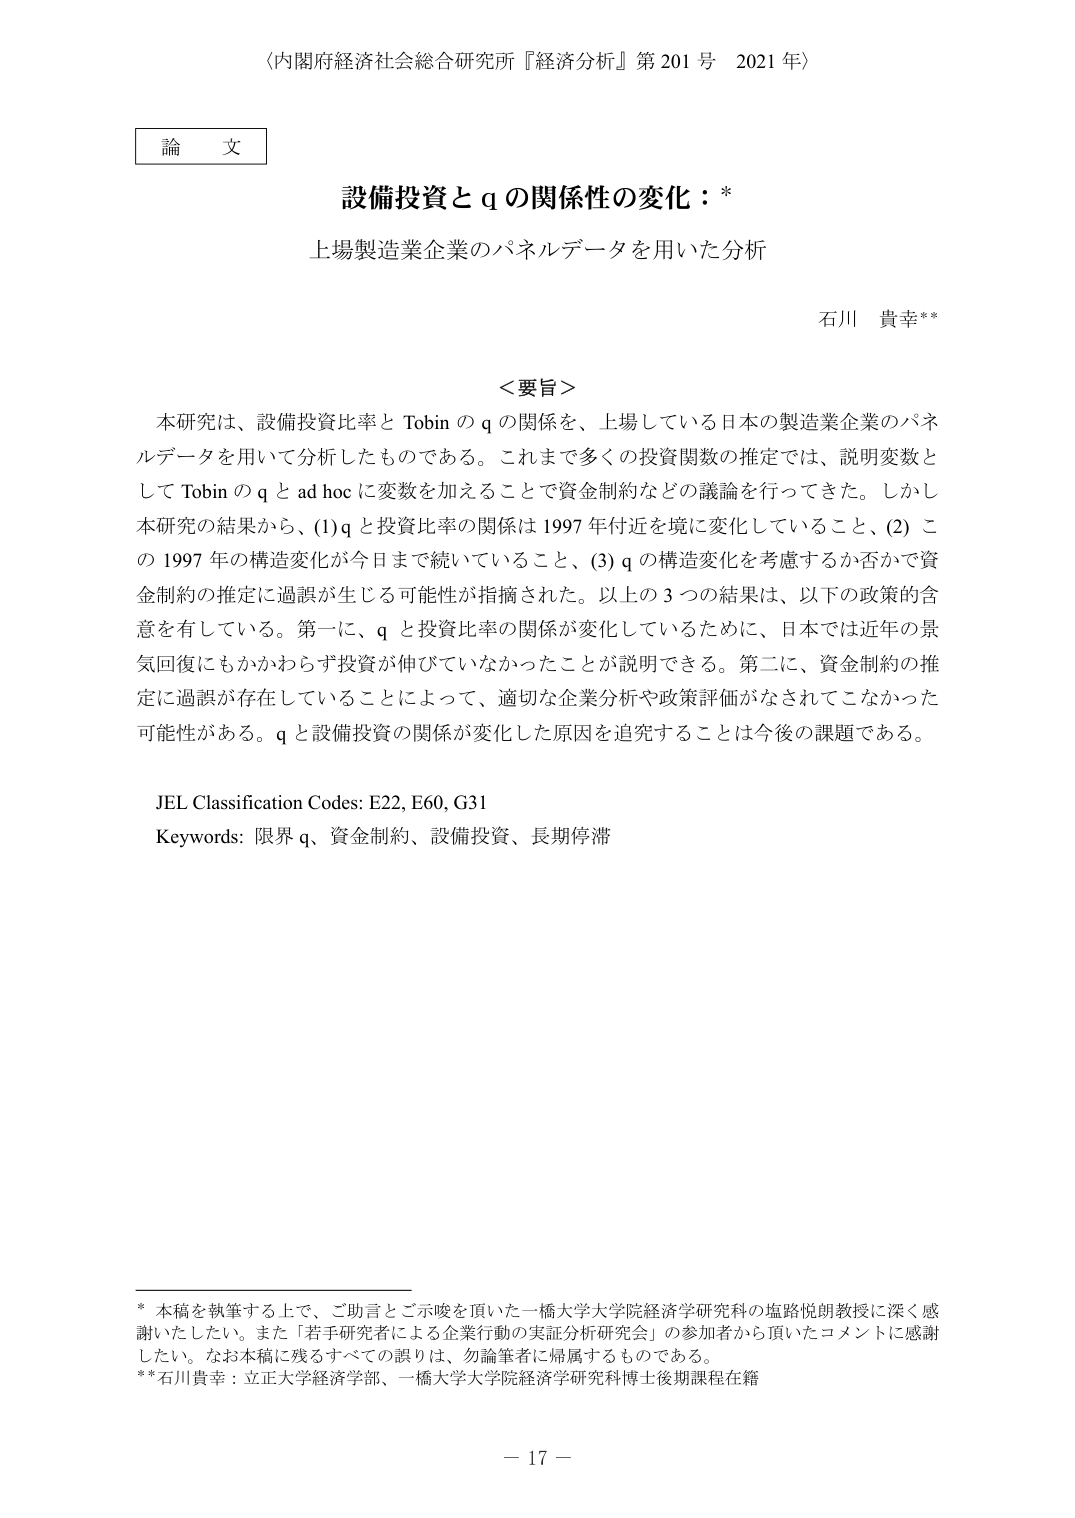
〈内閣府経済社会総合研究所『経済分析』第201号 2021年〉

論文

設備投資とqの関係性の変化：*

上場製造業企業のパネルデータを用いた分析

石川 貴幸**

＜要旨＞

本研究は、設備投資比率とTobinのqの関係を、上場している日本の製造業企業のパネルデータを用いて分析したものである。これまで多くの投資関数の推定では、説明変数としてTobinのqとad hocに変数を加えることで資金制約などの議論を行ってきた。しかし本研究の結果から、(1) qと投資比率の関係は1997年付近を境に変化していること、(2) この1997年の構造変化が今日まで続いていること、(3) qの構造変化を考慮するか否かで資金制約の推定に過誤が生じる可能性が指摘された。以上の3つの結果は、以下の政策的含意を有している。第一に、qと投資比率の関係が変化しているために、日本では近年の景気回復にもかかわらず投資が伸びていなかったことが説明できる。第二に、資金制約の推定に過誤が存在していることによって、適切な企業分析や政策評価がなされてこなかった可能性がある。qと設備投資の関係が変化した原因を追究することは今後の課題である。

JEL Classification Codes: E22, E60, G31
Keywords: 限界q、資金制約、設備投資、長期停滞

* 本稿を執筆する上で、ご助言とご示唆を頂いた一橋大学大学院経済学研究科の塩路悦朗教授に深く感謝いたしたい。また「若手研究者による企業行動の実証分析研究会」の参加者から頂いたコメントに感謝したい。なお本稿に残るすべての誤りは、勿論筆者に帰属するものである。
**石川貴幸：立正大学経済学部、一橋大学大学院経済学研究科博士後期課程在籍

－17－